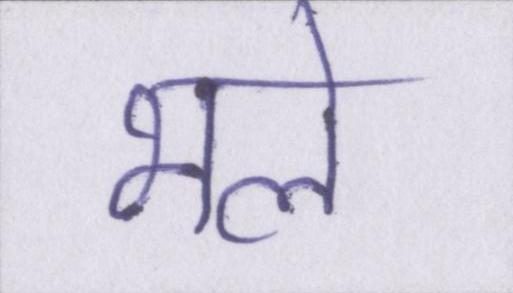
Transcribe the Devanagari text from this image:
भले